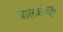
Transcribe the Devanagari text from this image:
बालकौतुक